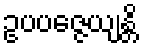
ဥပပဇ္ဇေယျန္တိ